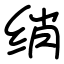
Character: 绡